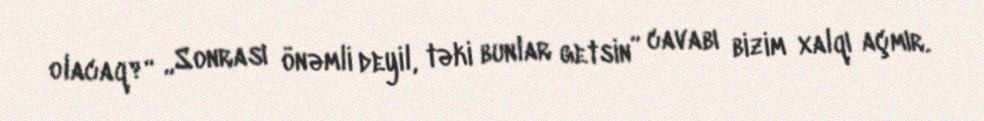
olacaq?“ „Sonrası önəmli deyil, təki bunlar getsin” cavabı bizim xalqı açmır.